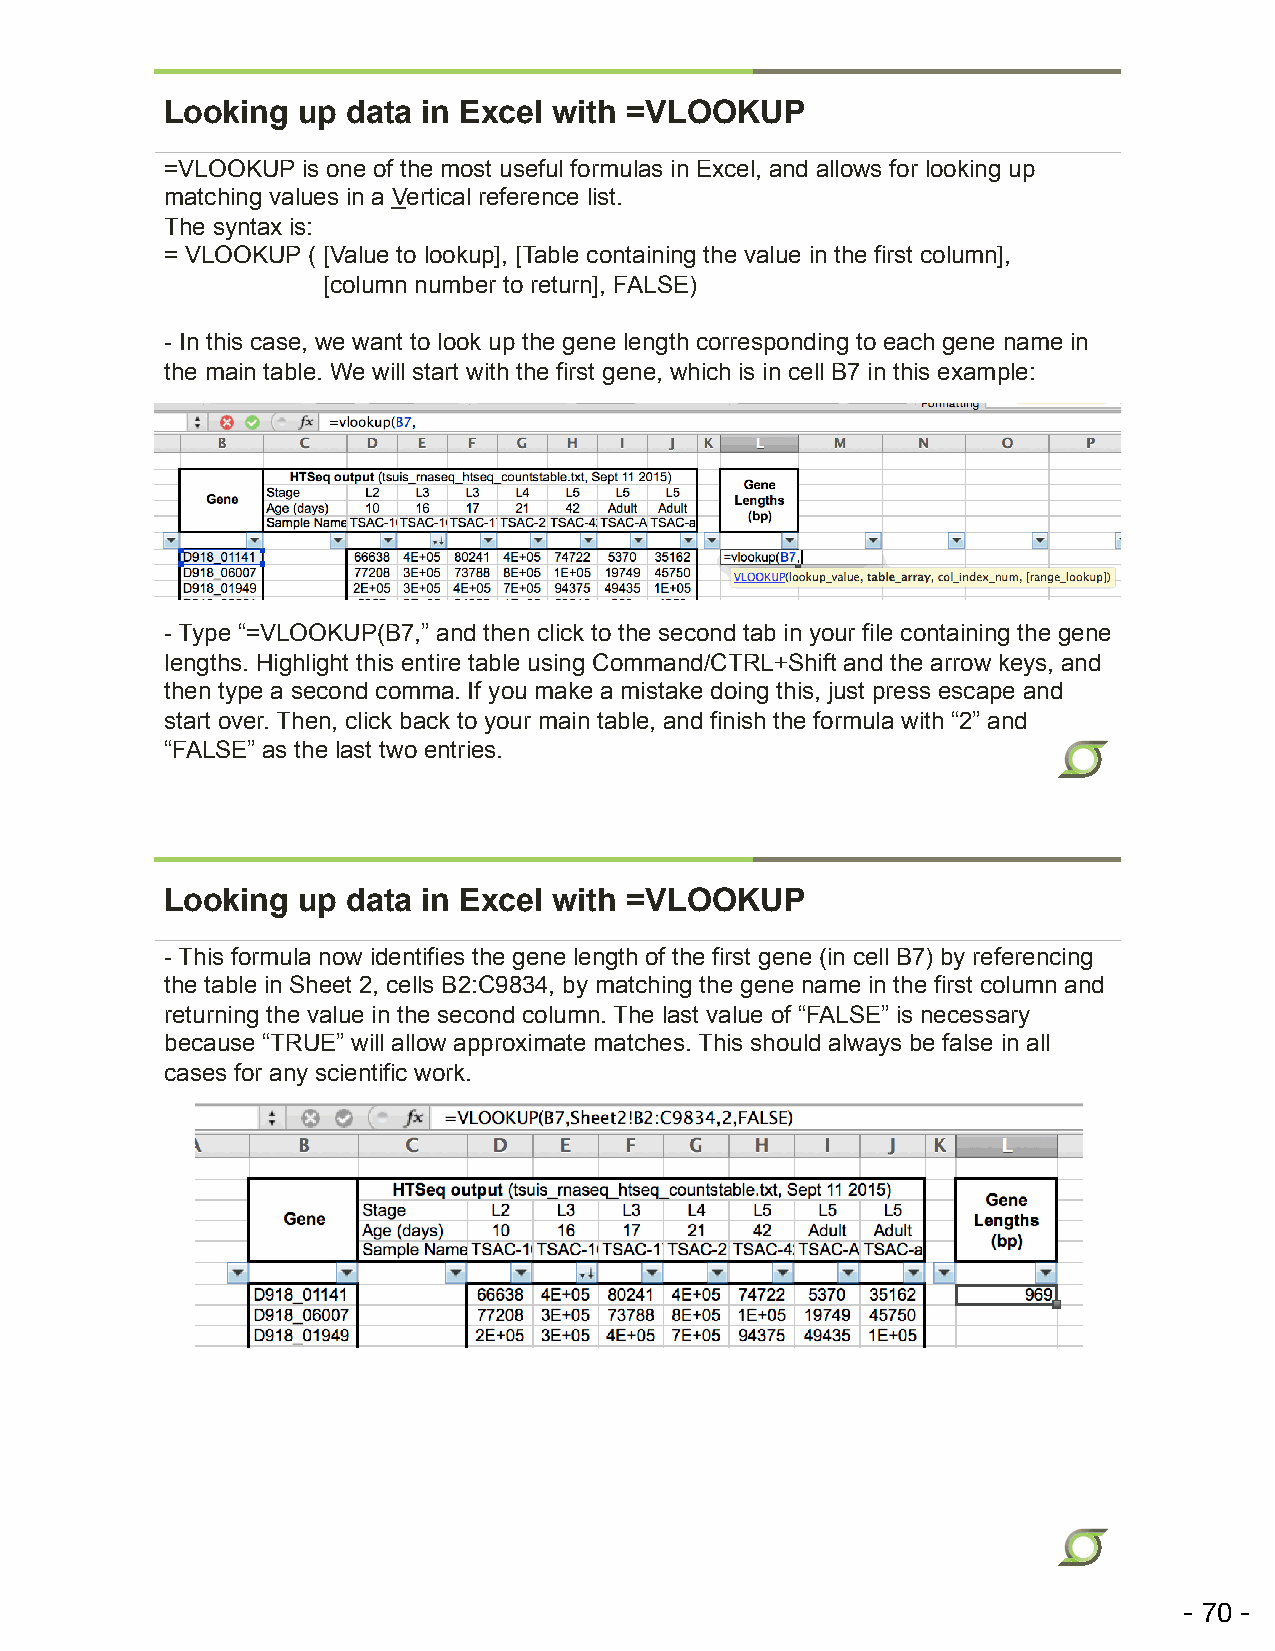
Looking  up data in Excel with =VLOOKUP
 =VLOOKUP is one of the most useful formulas in Excel, and allows for looking up
 matching values in a Vertical reference list.
 The syntax is:
 = VLOOKUP ( [Value to lookup], [Table containing the value in the first column],
 [column number to return], FALSE)
 - In this case, we want to look up the gene length corresponding to each gene name in
 the main table. We will start with the first gene, which is in cell B7 in this example:
 - Type “=VLOOKUP(B7,” and then click to the second tab in your file containing the gene
 lengths. Highlight this entire table using Command/CTRL+Shift and the arrow keys, and
 then type a second comma. If you make a mistake doing this, just press escape and
 start over. Then, click back to your main table, and finish the formula with “2” and
 “FALSE” as the last two entries.
 Looking  up data in Excel with =VLOOKUP
 - This formula now identifies the gene length of the first gene (in cell B7) by referencing
 the table in Sheet 2, cells B2:C9834, by matching the gene name in the first column and
 returning the value in the second column. The last value of “FALSE” is necessary
 because “TRUE” will allow approximate matches. This should always be false in all
 cases for any scientific work.